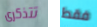
تتذكرى فقط